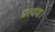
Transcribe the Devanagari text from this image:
प्रत्यय।